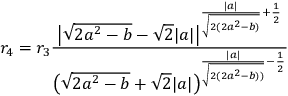
r _ { 4 } = r _ { 3 } \frac { \big | \sqrt { 2 a ^ { 2 } - b } - \sqrt { 2 } | a | \big | ^ { \frac { | a | } { \sqrt { 2 ( 2 a ^ { 2 } - b ) } } + \frac { 1 } { 2 } } } { \big ( \sqrt { 2 a ^ { 2 } - b } + \sqrt { 2 } | a | \big ) ^ { \frac { | a | } { \sqrt { 2 ( 2 a ^ { 2 } - b ) ) } } - \frac { 1 } { 2 } } }